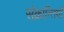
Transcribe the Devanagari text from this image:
संक्रान्तियाँ